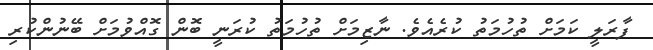
ފާރަލީ ކަމަށް ތުހުމަތު ކުރެއެވެ. ނާޒިމަށް ތުހުމަތު ކުރަނީ ބޮން ގޮއްވުމަށް ބޭނުންކުރި